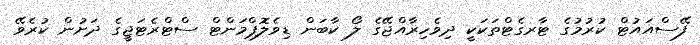
ފޭސްއައުޓް ކުރުމުގެ ޓާރގެޓްތަކަކީ ދިވެހިރާއްޖޭގެ ލޯ ކާބަން ޑިވެލޮޕްމަންޓް ސްޓްރެޓަޖީގެ ދަށުން ކުރެވޭ